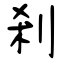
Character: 剎